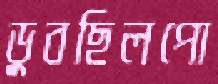
ডুবছিলপো